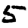
Digit: 5